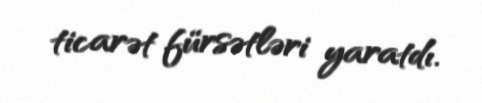
ticarət fürsətləri yaratdı.